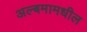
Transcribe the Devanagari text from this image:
अल्बमामधील